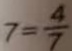
7 = \frac { 4 } { 7 }